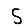
Digit: 5